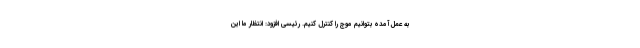
به عمل آمده بتوانیم موج را کنترل کنیم. رئیسی افزود: انتظار ما این